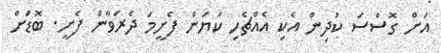
އަށް ގޮސްސަ ކުދިން އެކި އެއްޗެހި ކަޔަން ފެށީމަ ދެރަވާން ފެށީ. ބޮޑަށް